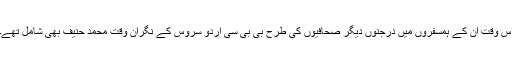
اس وقت ان کے ہمسفروں میں درجنوں دیگر صحافیوں کی طرح بی بی سی اردو سروس کے نگرانِ وقت محمد حنیف بھی شامل تھے۔